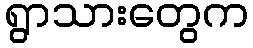
ရွာသားတွေက